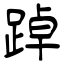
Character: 踔